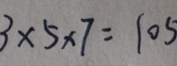
3 \times 5 \times 7 = 1 0 5